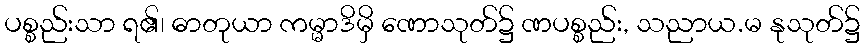
ပစ္စည်းသာ ရ၏၊ ဓာတုယာ ကမ္မာဒိမှိ ဏောသုတ်၌ ဏပစ္စည်း, သညာယ.မ နုသုတ်၌